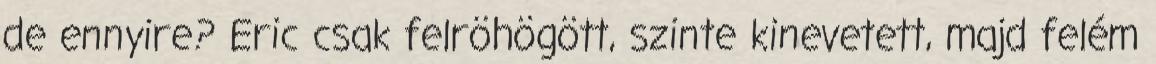
de ennyire? Eric csak felröhögött, szinte kinevetett, majd felém